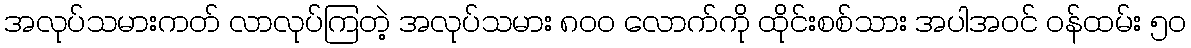
အလုပ်သမားကတ် လာလုပ်ကြတဲ့ အလုပ်သမား ၈၀၀ လောက်ကို ထိုင်းစစ်သား အပါအဝင် ဝန်ထမ်း ၅၀